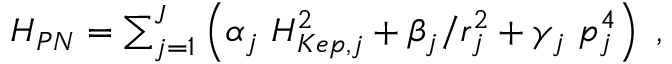
\begin{array} { r } { { \cal H } _ { P N } = \sum _ { j = 1 } ^ { J } \left( \alpha _ { j } \ { \cal H } _ { K e p , j } ^ { 2 } + \beta _ { j } / r _ { j } ^ { 2 } + \gamma _ { j } \ p _ { j } ^ { 4 } \right) \ , } \end{array}